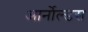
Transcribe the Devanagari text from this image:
आर्नोल्डस